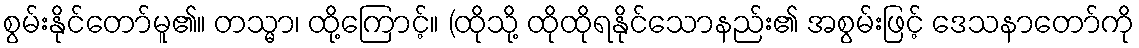
စွမ်းနိုင်တော်မူ၏။ တသ္မာ၊ ထို့ကြောင့်။ (ထိုသို့ ထိုထိုရနိုင်သောနည်း၏ အစွမ်းဖြင့် ဒေသနာတော်ကို